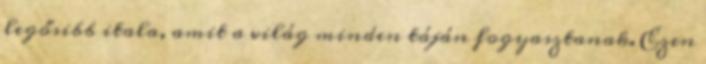
legősibb itala, amit a világ minden táján fogyasztanak. Ezen